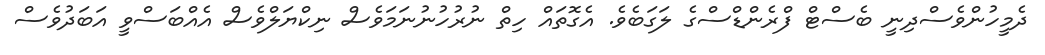
ދެމީހުންވެސްދިނީ ބެސްޓް ފްރެންޑްސްގެ ލަގަބެވެ. އެގޮތައް ހިތް ނުރުހުނުނަމަވެސް ނިކްޔަލްވެސް އެއްބަސްވީ އަބަދުވެސް